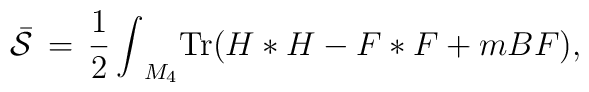
{\bar{\cal{S}}}\, =\, {1\over 2}\, {\int}_{M_4} {\rm Tr}( H  * H -F  * F +mB F),